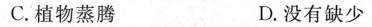
C.植物蒸腾 D.没有缺少